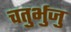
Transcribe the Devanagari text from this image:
चतुर्भुजु